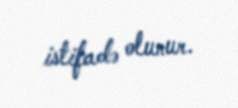
istifadə olunur.